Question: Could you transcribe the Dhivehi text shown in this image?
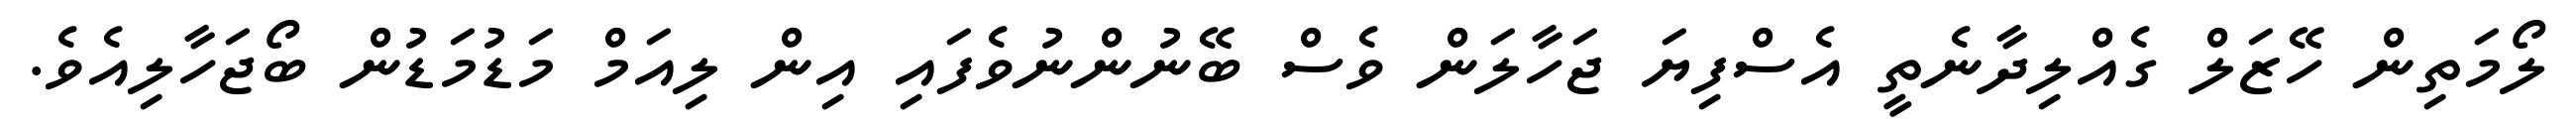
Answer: ލޯމަތިން ހޭޒަލް ގެއްލިދާނެތީ އެސްފިޔަ ޖަހާލަން ވެސް ބޭނުންނުވެފައި އިން ލިއަމް މަޑުމަޑުން ބޯޖަހާލިއެވެ.